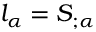
l _ { \alpha } = { \cal S } _ { ; \alpha }